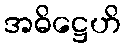
အဓိဋ္ဌေဟိ